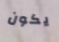
يكون